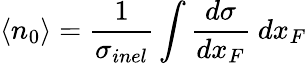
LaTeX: \langle n_{0}\rangle=\frac{1}{\sigma_{inel}}\int{\frac{d\sigma}{dx_{F}}\ dx_{F}}